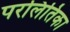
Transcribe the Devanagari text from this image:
परलितिका